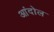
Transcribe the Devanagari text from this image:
आंदोल